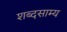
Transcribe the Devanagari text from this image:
शब्दसाम्य